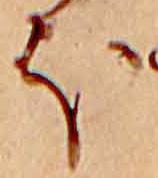
ほ